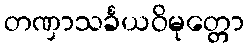
တဏှာသင်္ခယဝိမုတ္တော